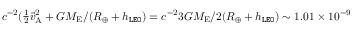
c ^ { - 2 } ( { \textstyle \frac { 1 } { 2 } } { \vec { v } } _ { \mathrm { A } } ^ { 2 } + G M _ { \mathrm { E } } / ( R _ { \oplus } + h _ { \tt L E O } ) = c ^ { - 2 } 3 G M _ { \mathrm { E } } / 2 ( R _ { \oplus } + h _ { \tt L E O } ) \sim 1 . 0 1 \times 1 0 ^ { - 9 }